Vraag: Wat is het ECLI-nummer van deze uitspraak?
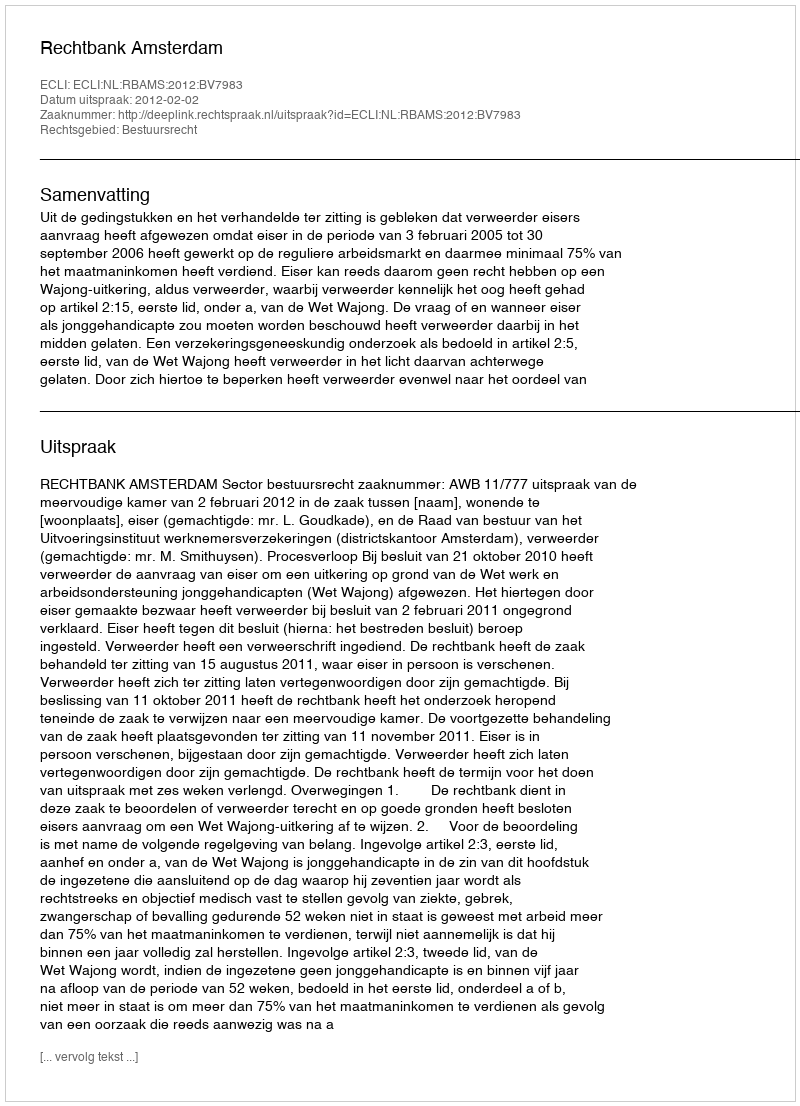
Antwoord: ECLI:NL:RBAMS:2012:BV7983